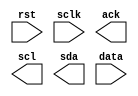
module ptosda(rst,sclk,ack,scl,sda,data);
input sclk,rst;
input [3:0] data;
output ack,scl,sda;
reg scl,link_sda,ack,sdabuf;
reg [3:0] databuf;
reg [7:0] state;
parameter ready = 8'b0000_0000,
          start = 8'b0000_0001,
          bit1 = 8'b0000_0010,
          bit2 = 8'b0000_0100,
          bit3 = 8'b0000_1000,
          bit4 = 8'b0001_0000,
          bit5 = 8'b0010_0000,
          stop = 8'b0100_0000,
          IDLE = 8'b1000_0000;


endmodule